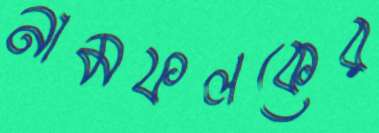
নামফলকের